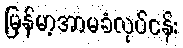
မြန်မာ့အာမခံလုပ်ငန်း